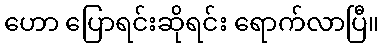
ဟော ပြောရင်းဆိုရင်း ရောက်လာပြီ။